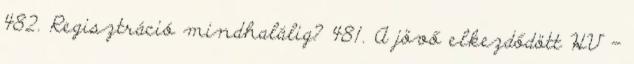
482. Regisztráció mindhalálig? 481. A jövő elkezdődött HV -